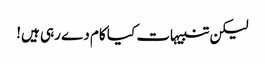
لیکن تنبیہات کیا کام دے رہی ہیں!